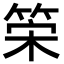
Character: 筞